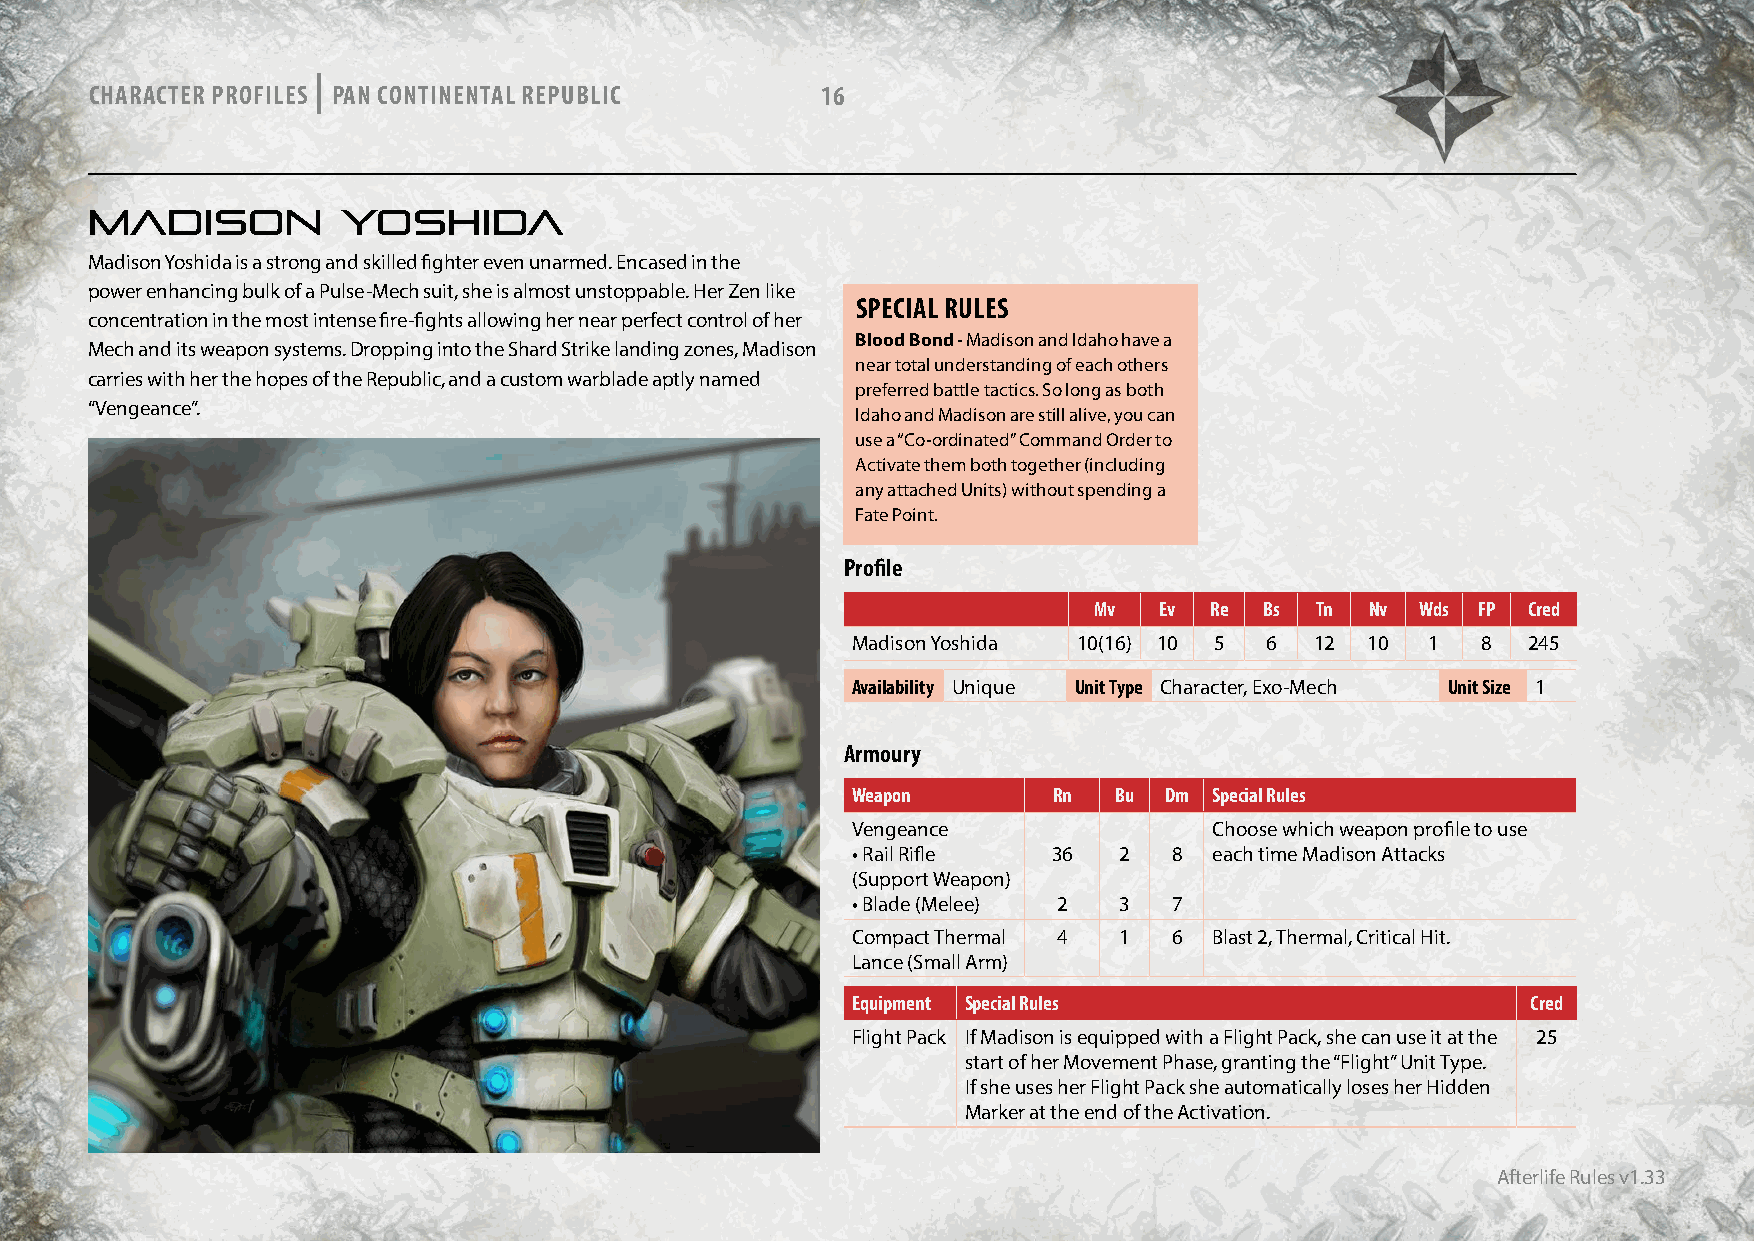
|
 CHARACTER PROFILES PAN CONTINENTAL REPUBLIC     16
 MADISON          YOSHIDA
 Madison Yoshida is a strong and skilled fighter even unarmed. Encased in the
 power enhancing bulk of a Pulse-Mech suit, she is almost unstoppable. Her Zen like
 SPECIAL RULES
 concentration in the most intense fire-fights allowing her near perfect control of her
 Blood Bond - Madison and Idaho have a
 Mech and its weapon systems. Dropping into the Shard Strike landing zones, Madison
 near total understanding of each others
 carries with her the hopes of the Republic, and a custom warblade aptly named
 preferred battle tactics. So long as both
 “Vengeance”.
 Idaho and Madison are still alive, you can
 use a “Co-ordinated” Command Order to
 Activate them both together (including
 any attached Units) without spending a
 Fate Point.
 Profile
 Mv   Ev Re  Bs Tn  Nv Wds FP Cred
 Madison Yoshida 10(16) 10 5 6  12  10  1  8  245
 Availability Unique Unit Type Character, Exo-Mech Unit Size 1
 Armoury
 Weapon        Rn  Bu Dm Special Rules
 Vengeance               Choose which weapon profile to use
 • Rail Rifle  36  2   8 each time Madison Attacks
 (Support Weapon)
 • Blade (Melee) 2 3   7
 Compact Thermal 4 1   6 Blast 2, Thermal, Critical Hit.
 Lance (Small Arm)
 Equipment Special Rules                      Cred
 Flight Pack If Madison is equipped with a Flight Pack, she can use it at the 25
 start of her Movement Phase, granting the “Flight” Unit Type.
 If she uses her Flight Pack she automatically loses her Hidden
 Marker at the end of the Activation.
 Afterlife Rules v1.33